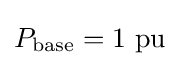
P_{\text{base}}=1{\text{ pu}}